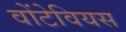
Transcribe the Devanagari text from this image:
वोंटेवियस